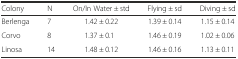
<table><thead><tr><td><b>Colony</b></td><td><b>N</b></td><td><b>On/In Water ± std</b></td><td><b>Flying ± sd</b></td><td><b>Diving ± sd</b></td></tr></thead><tbody><tr><td>Berlenga</td><td>7</td><td>1.42 ± 0.22</td><td>1.39 ± 0.14</td><td>1.15 ± 0.14</td></tr><tr><td>Corvo</td><td>8</td><td>1.37 ± 0.1</td><td>1.46 ± 0.19</td><td>1.02 ± 0.06</td></tr><tr><td>Linosa</td><td>14</td><td>1.48 ± 0.12</td><td>1.46 ± 0.16</td><td>1.13 ± 0.11</td></tr></tbody></table>